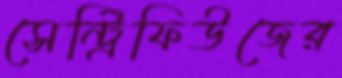
সেন্ট্রিফিউজের